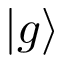
| g \rangle